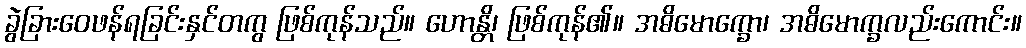
ခွဲခြားဝေဖန်ရခြင်းနှင်တကွ ဖြစ်ကုန်သည်။ ဟောန္တိ၊ ဖြစ်ကုန်၏။ အဓိမောက္ခော၊ အဓိမောက္ခလည်းကောင်း။